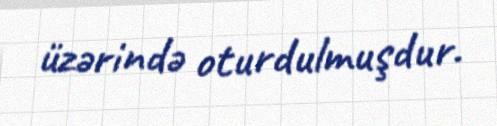
üzərində oturdulmuşdur.